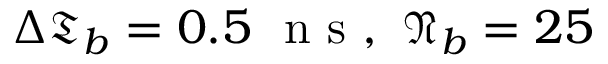
\Delta \mathfrak { T } _ { b } = 0 . 5 \ \mathrm { ~ n ~ s ~ } , \ \mathfrak { N } _ { b } = 2 5